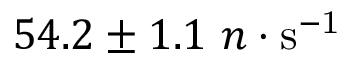
5 4 . 2 \pm 1 . 1 ~ n \cdot \mathrm { s ^ { - 1 } }